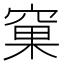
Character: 窠